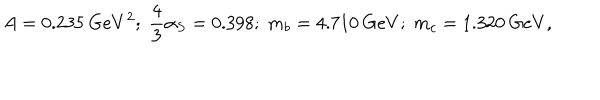
A = 0 . 2 3 5 \: G e V ^ { 2 } ; \; \frac { 4 } { 3 } \alpha _ { S } = 0 . 3 9 8 ; \; m _ { b } = 4 . 7 1 0 \: G e V ; \; m _ { c } = 1 . 3 2 0 \: G e V ,